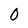
Character: 0